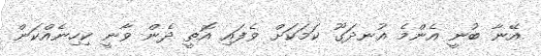
އޭނާ ބުނީ އެންމެ އުނދަގޫ ކަމަކަށް ވެފައި އޮތީ ދެން ވާނީ ކިހިނެއްކަން